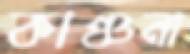
কাঞ্চনা